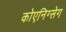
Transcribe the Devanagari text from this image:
कोएनिग्सेग